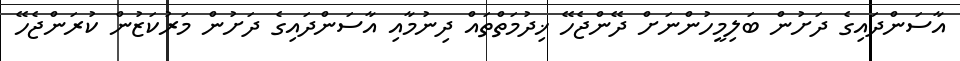
އާސަންދައިގެ ދަށުން ބަލިމީހުންނަށް ދޭންޖެހޭ ޚިދުމަތްތައް ދިނުމާއި އާސަންދައިގެ ދަށުން މަރުކަޒުން ކުރަންޖެހޭ